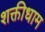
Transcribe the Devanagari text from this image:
शक्तीधाम